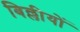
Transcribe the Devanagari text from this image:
बिल्लीयों